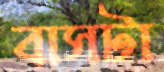
বাসটা